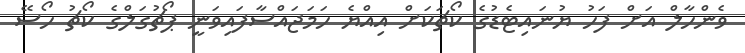
ވެންހާލް އަށް ފަހު ޔުނައިޓެޑުގެ ކޯޗަކަށް އިއްޔެ ހަމަޖައްސާފައިވަނީ ޕޯޗުގަލްގެ ކޯޗު ހޯސޭ